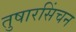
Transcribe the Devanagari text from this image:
तुषारसिंचन